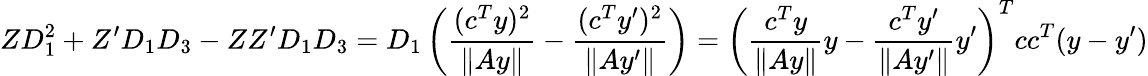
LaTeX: ZD_{1}^{2}+Z^{\prime}D_{1}D_{3}-ZZ^{\prime}D_{1}D_{3}=D_{1}\left(\frac{(c^{T}y)^{2}}{\| Ay\| }-\frac{(c^{T}y^{\prime})^{2}}{\| Ay^{\prime}\| }\right)=\left(\frac{c^{T}y}{\| Ay\| }y-\frac{c^{T}y^{\prime}}{\| Ay^{\prime}\| }y^{\prime}\right)^{T}cc^{T}(y-y^{\prime})